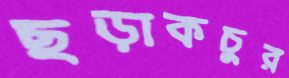
ছড়াকচুর